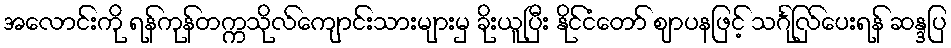
အလောင်းကို ရန်ကုန်တက္ကသိုလ်ကျောင်းသားများမှ ခိုးယူပြီး နိုင်ငံတော် ဈာပနဖြင့် သင်္ဂြုလ်ပေးရန် ဆန္ဒပြ